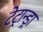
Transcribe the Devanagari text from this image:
टेट्रान्ड्रा